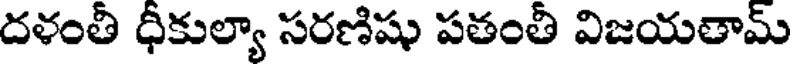
దళంతీ ధీకుల్యా సరణిషు పతంతీ విజయతామ్